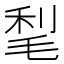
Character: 𣮀